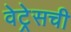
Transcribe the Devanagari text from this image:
वेट्रेसची